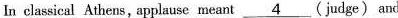
In classical Athens,applause meant \underline{4} (judge) and